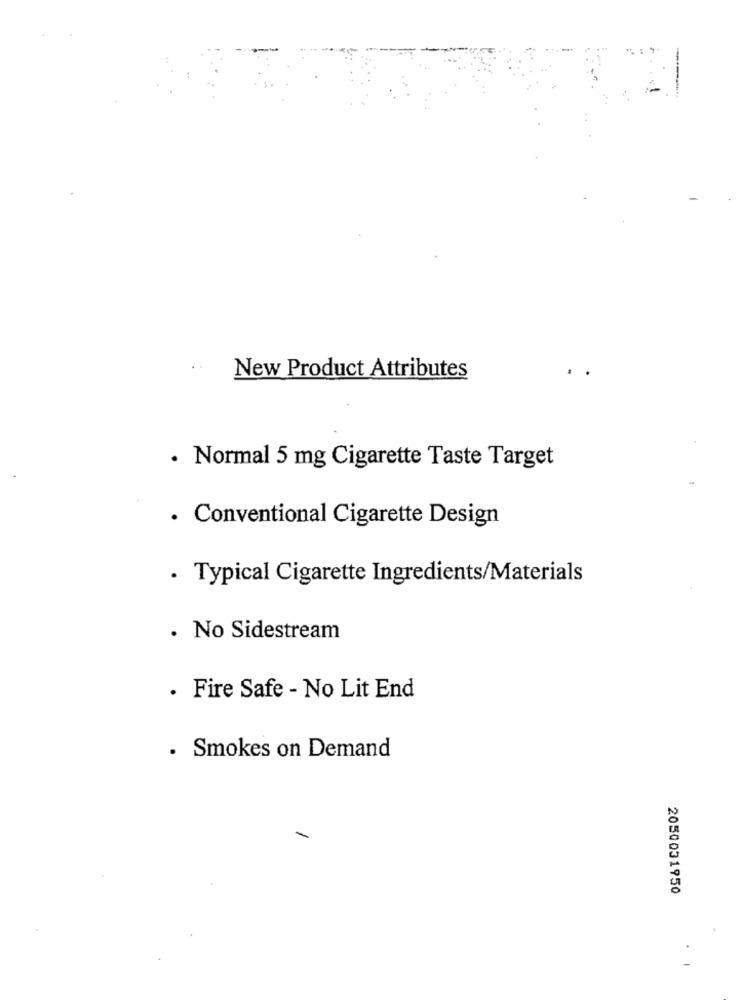
New Product Attributes
..
· Normal 5 mg Cigarette Taste Target
· Conventional Cigarette Design
· Typical Cigarette Ingredients/Materials
. No Sidestream
· Fire Safe - No Lit End
· Smokes on Demand
2050031950